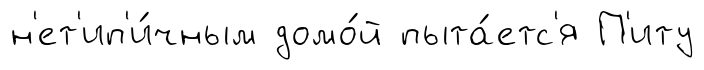
н'ет'ип'и́чным домо́й пыта́етс'я П'иту